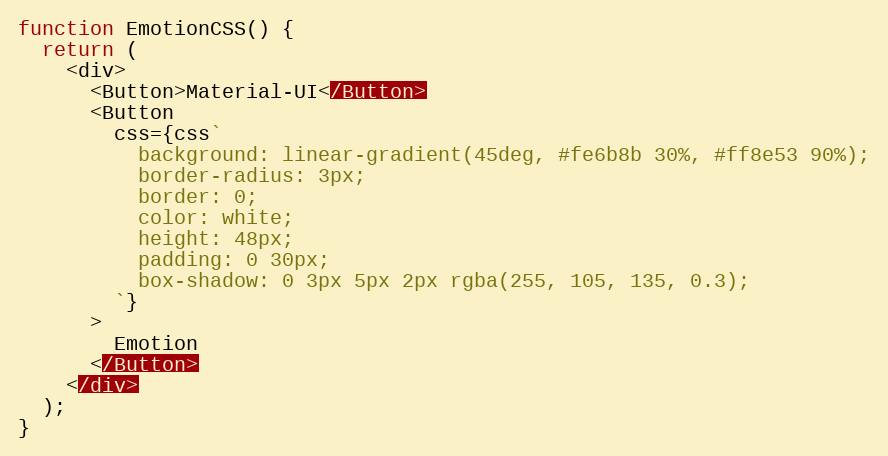
Language: JavaScript
function EmotionCSS() {
  return (
    <div>
      <Button>Material-UI</Button>
      <Button
        css={css`
          background: linear-gradient(45deg, #fe6b8b 30%, #ff8e53 90%);
          border-radius: 3px;
          border: 0;
          color: white;
          height: 48px;
          padding: 0 30px;
          box-shadow: 0 3px 5px 2px rgba(255, 105, 135, 0.3);
        `}
      >
        Emotion
      </Button>
    </div>
  );
}